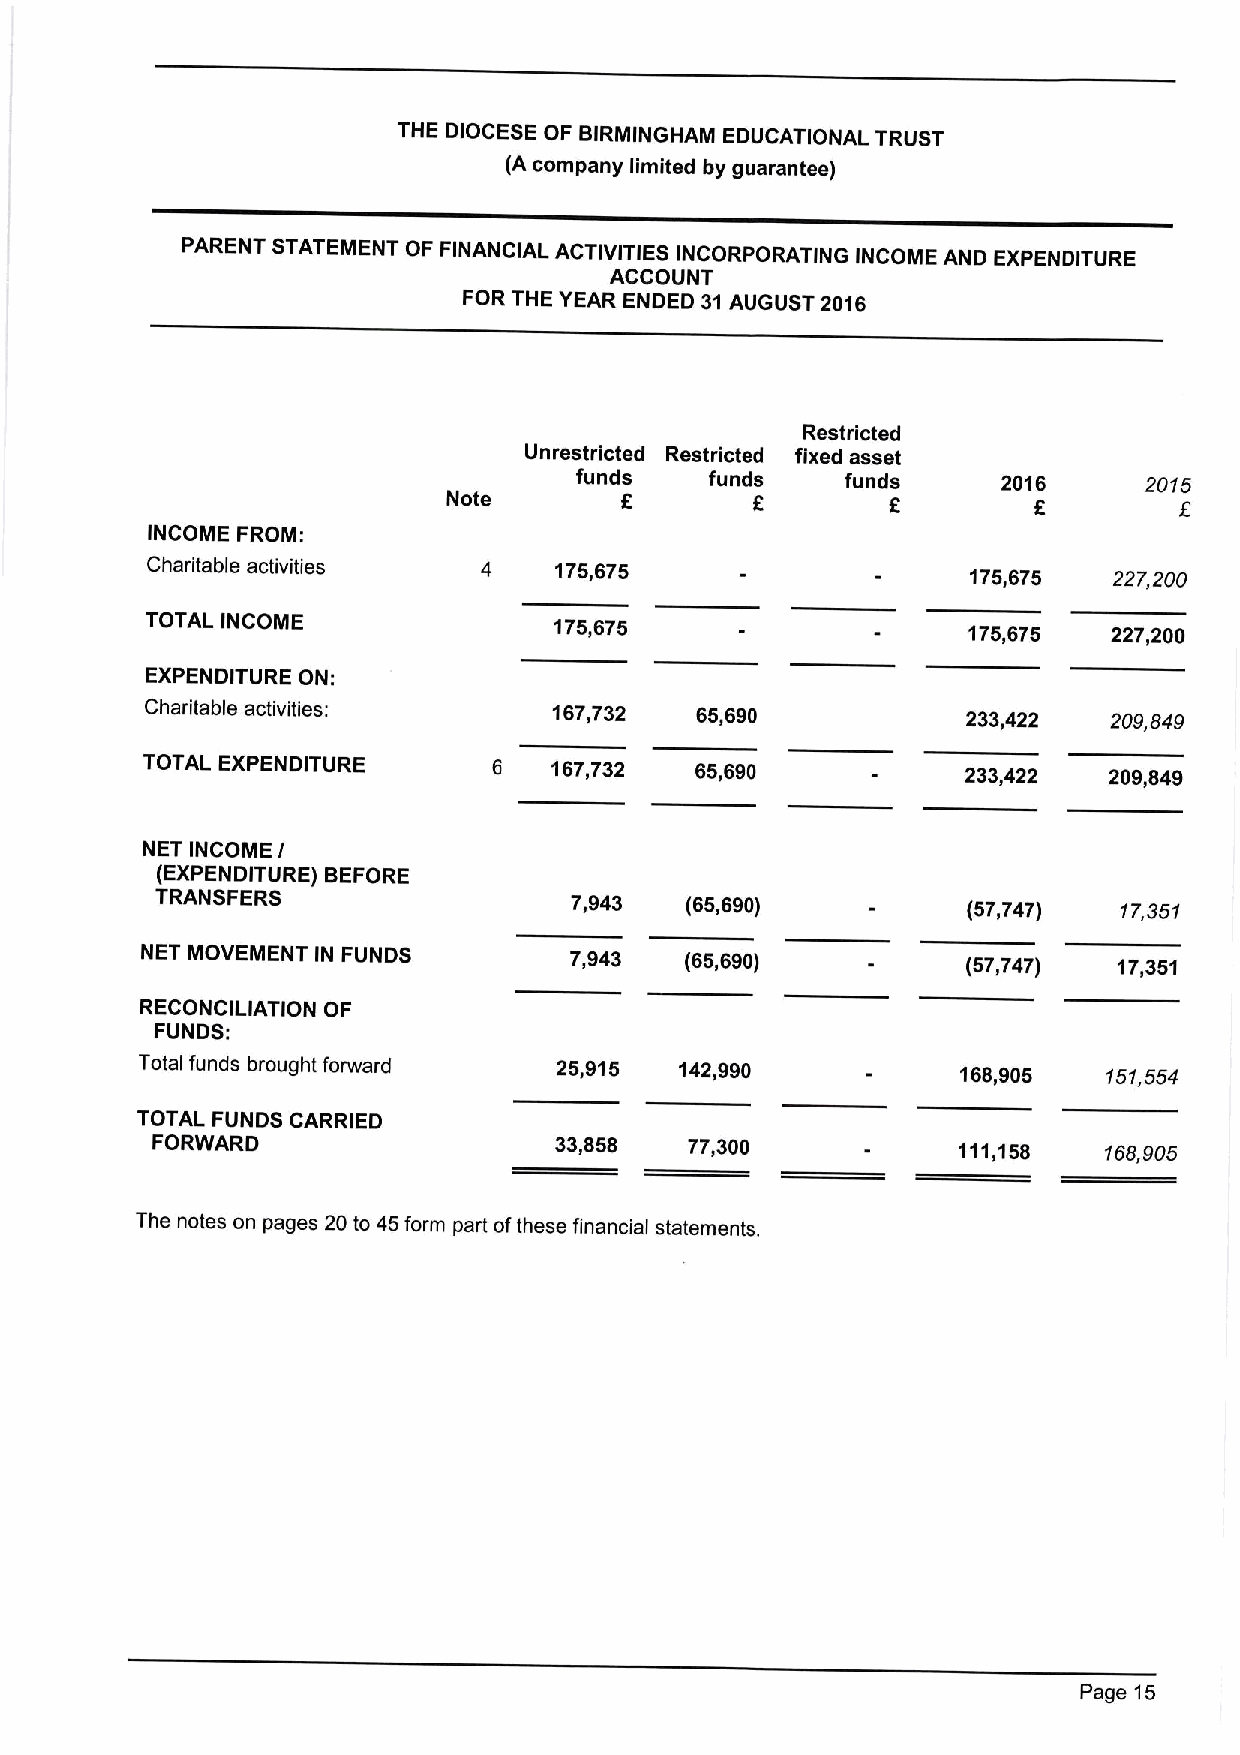
THE DIOCESE OF BIRMINGHAM EDUCATIONAL TRUST
 (A company limited by guarantee)
 PARENT STATEMENT OF FINANCIAL ACTIVITIES INCORPORATING INCOME AND EXPENDITURE
 ACCOUNT
 FOR THE YEAR ENDED 31AUGUST 2016
 Restricted
 Unrestricted Restricted fixed asset
 funds    funds    funds     2016      2015
 Note       6        6        6                  f
 INCOME FROM:
 Charitable activities      175,675
 175,675   227,200
 TOTAL INCOME               175,675
 175,675   227,200
 EXPENDITURE ON:
 Charitable activities:     167,732  65,690            233,422  209,849
 TOTAL EXPENDITURE       6  167,732   65,690            233,422  209,849
 NET INCOME I
 (EXPENDITURE) BEFORE
 TRANSFERS                   7,943  (65,690)           (57,747)  17,351
 NET MOVEMENT IN FUNDS        7,943  (65,690)           (57,747)  17,351
 RECONCILIATION OF
 FUNDS:
 Total funds brought forward 25,915  142,990            168,905  151,554
 TOTAL FUNDS CARRIED
 FORWARD                    33,858   77,300           111,158   168,905
 The notes on pages 20 to 45form part ofthese financial statements.
 Page 15